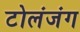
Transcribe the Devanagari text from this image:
टोलंजंग